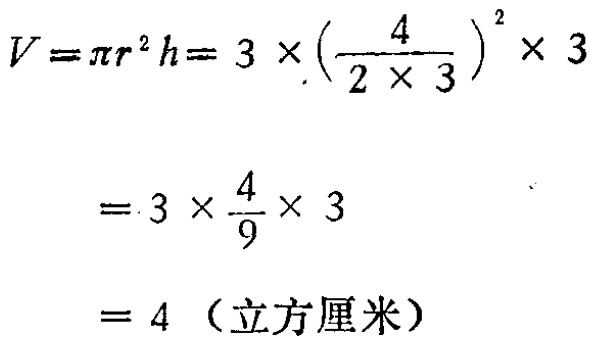
\[

\begin{align*}

V&=\pi r^{2}h = 3\times\left(\frac{4}{2\times3}\right)^{2}\times3\\

&=3\times\frac{4}{9}\times3\\

&= 4 \text{（立方厘米）}

\end{align*}

\]